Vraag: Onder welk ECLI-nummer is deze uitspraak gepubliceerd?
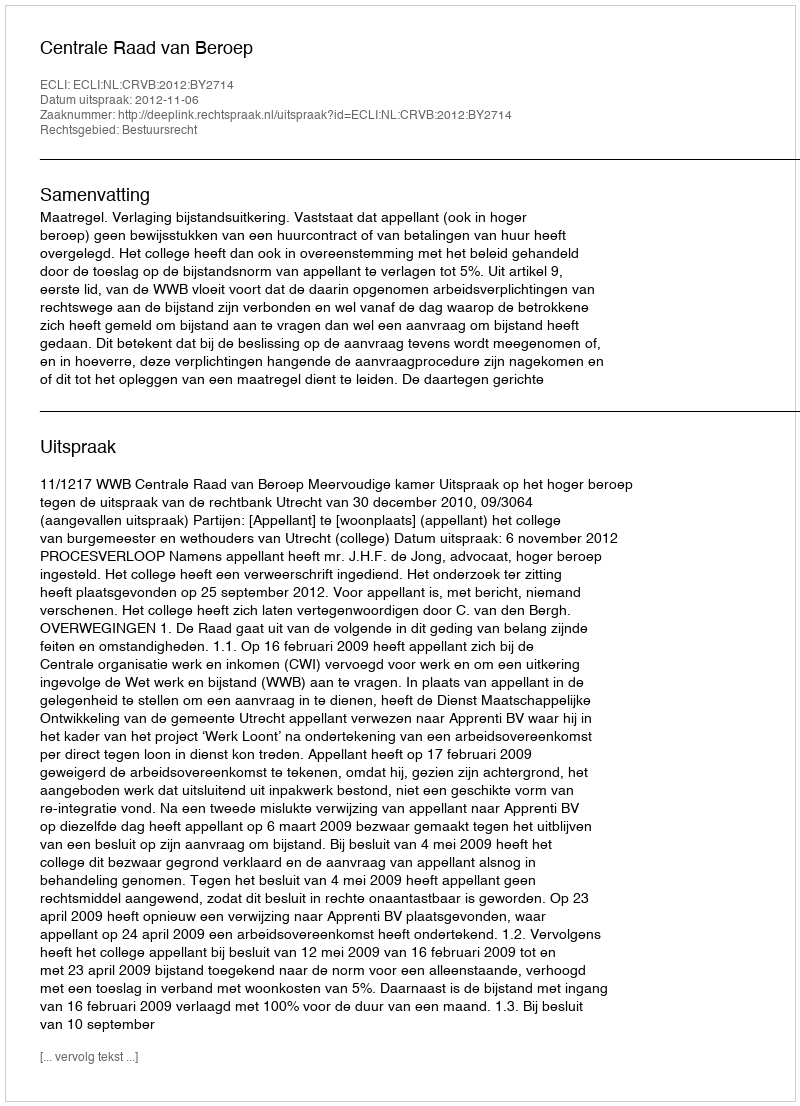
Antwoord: ECLI:NL:CRVB:2012:BY2714